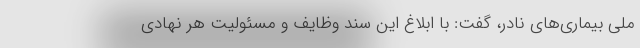
ملی بیماری‌های نادر، گفت: با ابلاغ این سند وظایف و مسئولیت هر نهادی